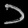
Digit: ၁